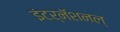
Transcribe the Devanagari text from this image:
इंटर्नॅशनल्